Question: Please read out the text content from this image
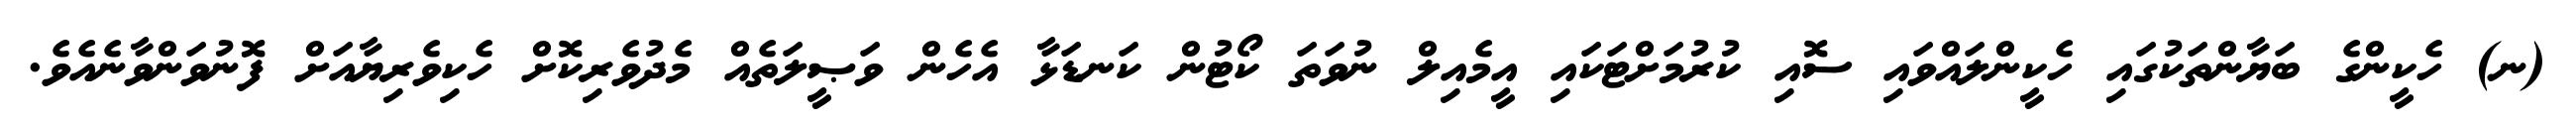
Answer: (ނ) ހެކީންގެ ބަޔާންތަކުގައި ހެކީންލައްވައި ސޮއި ކުރުމަށްޓަކައި އީމެއިލް ނުވަތަ ކޯޓުން ކަނޑަޅާ އެހެން ވަޞީލަތެއް މެދުވެރިކޮށް ހެކިވެރިޔާއަށް ފޮނުވަންވާނެއެވެ.